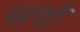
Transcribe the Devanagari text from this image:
सवाँ